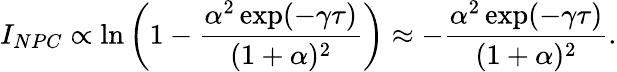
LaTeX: I_{NPC}\propto\ln\left(1-\frac{\alpha^{2}\exp(-\gamma\tau)}{(1+\alpha)^{2}}\right)\approx-\frac{\alpha^{2}\exp(-\gamma\tau)}{(1+\alpha)^{2}}.